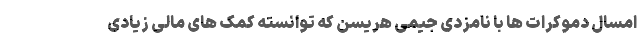
امسال دموکرات ها با نامزدی جیمی هریسن که توانسته کمک های مالی زیادی